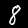
Label: 8